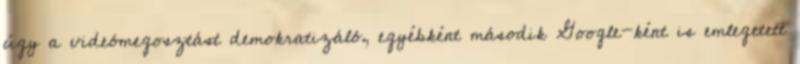
úgy a videómegosztást demokratizáló, egyébként második Google-ként is emlegetett